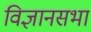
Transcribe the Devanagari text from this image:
विज्ञानसभा